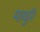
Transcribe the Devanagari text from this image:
माधुरि